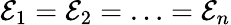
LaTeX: \mathcal{E}_{1}=\mathcal{E}_{2}=\ldots=\mathcal{E}_{n}